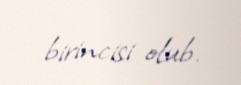
birincisi olub.